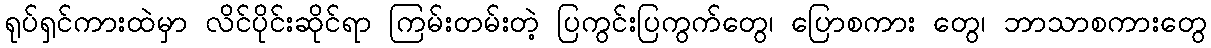
ရုပ်ရှင်ကားထဲမှာ လိင်ပိုင်းဆိုင်ရာ ကြမ်းတမ်းတဲ့ ပြကွင်းပြကွက်တွေ၊ ပြောစကား တွေ၊ ဘာသာစကားတွေ